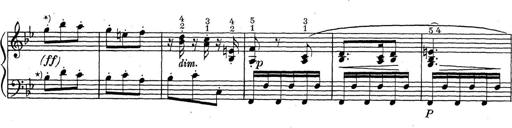
Title: ÄŒeskÃ© Sonatiny
Composer: Various